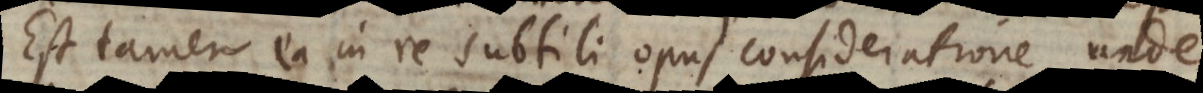
Est tamen ea in re subtili opus consideratione, unde